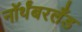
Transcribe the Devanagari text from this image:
नॉर्थंबरलँड